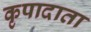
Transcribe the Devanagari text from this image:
कृपादाता